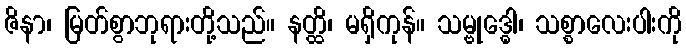
ဇိနာ၊ မြတ်စွာဘုရားတို့သည်။ နတ္ထိ၊ မရှိကုန်။ သမ္ဗုဒ္ဓေါ၊ သစ္စာလေးပါးကို